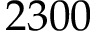
2 3 0 0